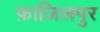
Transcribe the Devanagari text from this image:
फ़ाज़िलपुर